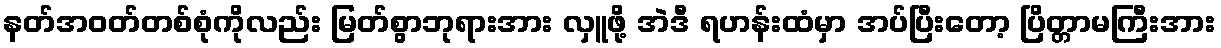
နတ်အဝတ်တစ်စုံကိုလည်း မြတ်စွာဘုရားအား လှူဖို့ အဲဒီ ရဟန်းထံမှာ အပ်ပြီးတော့ ပြိတ္တာမကြီးအား